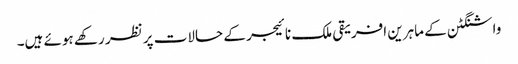
واشنگٹن کے ماہرین افریقی ملک نائیجر کے حالات پر نظر رکھے ہوئے ہیں۔